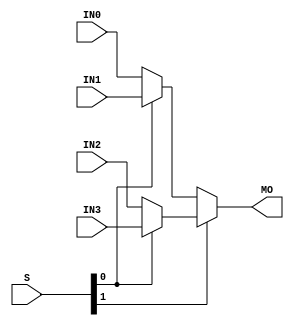
module hardcopyii_mux41 (MO, IN0, IN1, IN2, IN3, S);
   input IN0;
   input IN1;
   input IN2;
   input IN3;
   input [1:0] S;
   output MO;
   wire IN0_in;
   wire IN1_in;
   wire IN2_in;
   wire IN3_in;
   wire S1_in;
   wire S0_in;
   buf(IN0_in, IN0);
   buf(IN1_in, IN1);
   buf(IN2_in, IN2);
   buf(IN3_in, IN3);
   buf(S1_in, S[1]);
   buf(S0_in, S[0]);
   wire   tmp_MO;
   specify
      (IN0 => MO) = (0, 0);
      (IN1 => MO) = (0, 0);
      (IN2 => MO) = (0, 0);
      (IN3 => MO) = (0, 0);
      (S[1] => MO) = (0, 0);
      (S[0] => MO) = (0, 0);
   endspecify
   assign tmp_MO = S1_in ? (S0_in ? IN3_in : IN2_in) : (S0_in ? IN1_in : IN0_in);
   buf (MO, tmp_MO);
endmodule